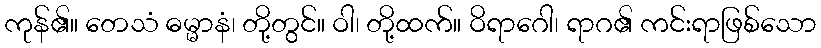
ကုန်၏။ တေသံ ဓမ္မာနံ၊ တို့တွင်။ ဝါ၊ တို့ထက်။ ဝိရာဂေါ၊ ရာဂ၏ ကင်းရာဖြစ်သော